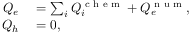
\begin{array} { r l } { Q _ { e } } & { { } = \sum _ { i } Q _ { i } ^ { \textrm { c h e m } } + Q _ { e } ^ { \textrm { n u m } } , } \\ { Q _ { h } } & { { } = 0 , } \end{array}